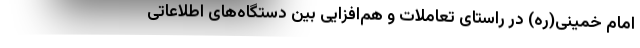
امام خمینی(ره) در راستای تعاملات و هم‌افزایی بین دستگاه‌های اطلاعاتی